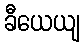
ခီယေယျ